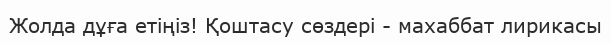
Жолда дұға етіңіз! Қоштасу сөздері - махаббат лирикасы